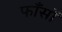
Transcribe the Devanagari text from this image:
फाँसों